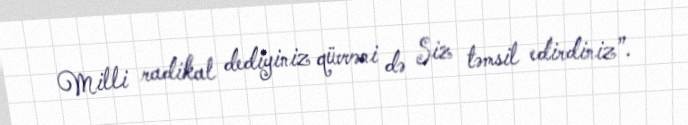
Milli radikal dediyiniz qüvvəni də Siz təmsil edirdiniz”.